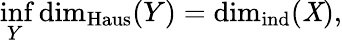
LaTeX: \operatorname*{inf}_{Y}\dim_{\operatorname{Haus}}(Y)=\dim_{\operatorname{ind}}(\mathit{X}),